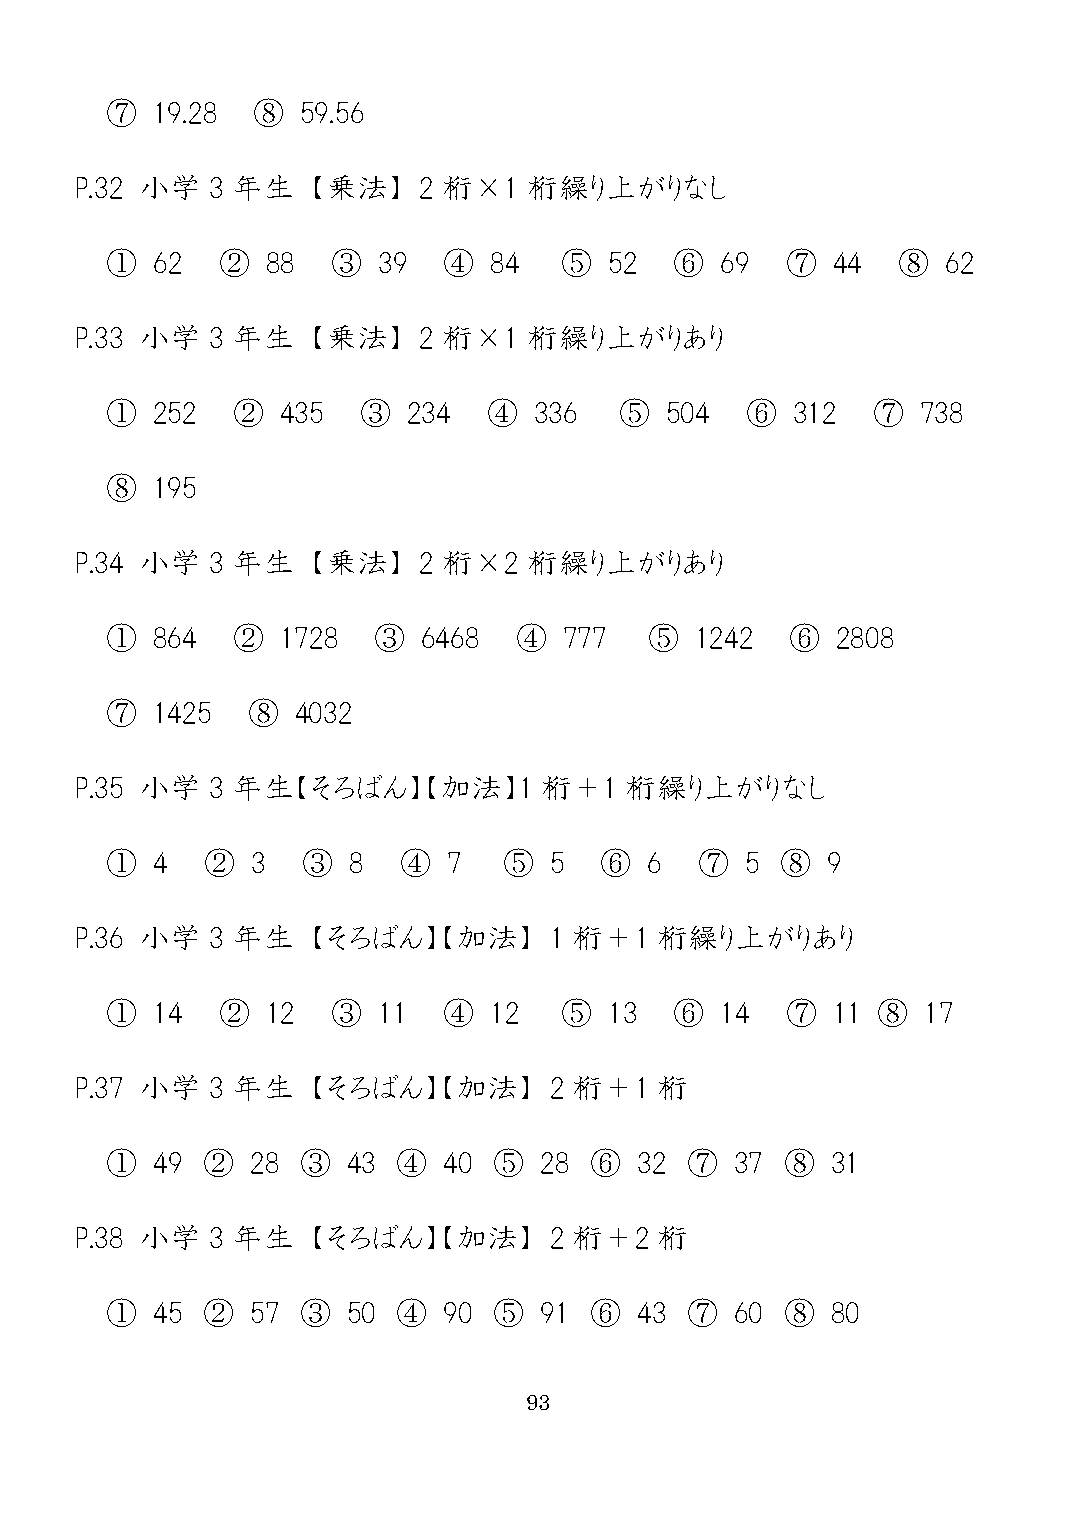
⑦  19.28  ⑧  59.56
 P.32 小学  3 年生  【乗法】    2 桁×1  桁繰り上がりなし
 ①  62  ②   88  ③  39  ④  84   ⑤  52   ⑥  69  ⑦  44  ⑧   62
 P.33 小学  3 年生  【乗法】    2 桁×1  桁繰り上がりあり
 ①  252  ②   435  ③  234  ④  336   ⑤  504  ⑥  312   ⑦  738
 ⑧  195
 P.34 小学  3 年生  【乗法】    2 桁×2  桁繰り上がりあり
 ①  864  ②   1728  ③  6468  ④  777   ⑤  1242  ⑥  2808
 ⑦  1425  ⑧   4032
 P.35 小学  3 年生【そろばん】【加法】1       桁＋1  桁繰り上がりなし
 ①  4  ②   3  ③  8  ④   7  ⑤  5   ⑥  6  ⑦  5  ⑧  9
 P.36 小学  3 年生  【そろばん】【加法】      1 桁＋1  桁繰り上がりあり
 ①  14  ②   12  ③  11  ④  12   ⑤  13   ⑥  14  ⑦  11 ⑧  17
 P.37 小学  3 年生  【そろばん】【加法】      2 桁＋1  桁
 ①  49 ②   28 ③  43 ④  40  ⑤  28 ⑥  32 ⑦   37 ⑧  31
 P.38 小学  3 年生  【そろばん】【加法】      2 桁＋2  桁
 ①  45 ②   57 ③  50 ④  90  ⑤  91 ⑥  43 ⑦   60 ⑧  80
 93